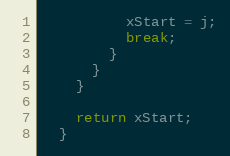
Language: Java
          xStart = j;
          break;
        }
      }
    }

    return xStart;
  }